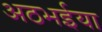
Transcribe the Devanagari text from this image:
अठभईया